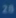
28